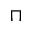
\sqcap